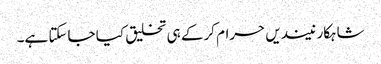
شاہکار نیندیں حرام کرکے ہی تخلیق کیا جاسکتا ہے۔